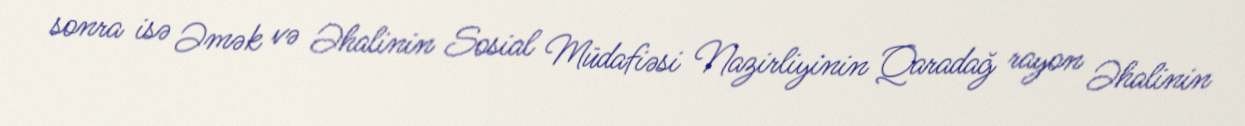
sonra isə Əmək və Əhalinin Sosial Müdafiəsi Nazirliyinin Qaradağ rayon Əhalinin